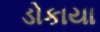
ડોકાયા